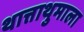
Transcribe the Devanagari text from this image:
थात्ताथुमाला